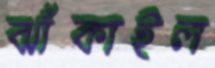
ঝাঁকাইল